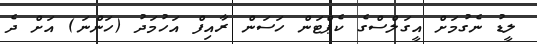
ލީޑު ނެގުމަށް އީގަލްސްގެ ކެޕްޓަން ހަސަން ރާއިފް އަހުމަދު (ހަންނަ) އަށް ދެ